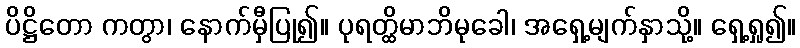
ပိဋ္ဌိတော ကတွာ၊ နောက်မှီပြု၍။ ပုရတ္ထိမာဘိမုခေါ၊ အရှေ့မျက်နှာသို့။ ရှေ့ရှု၍။